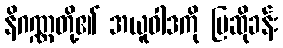
နိဂဏ္ဏတို့၏ အယူဝါဒကို ပြဆိုခန်း